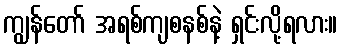
ကျွန်တော် အရစ်ကျစနစ်နဲ့ ရှင်းလို့ရလား။